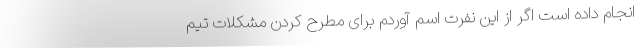
انجام داده است اگر از این نفرت اسم آوردم برای مطرح کردن مشکلات تیم